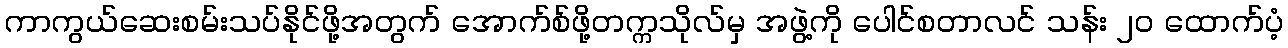
ကာကွယ်ဆေးစမ်းသပ်နိုင်ဖို့အတွက် အောက်စ်ဖို့တက္ကသိုလ်မှ အဖွဲ့ကို ပေါင်စတာလင် သန်း ၂၀ ထောက်ပံ့